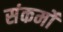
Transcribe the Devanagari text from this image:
संकर्मों